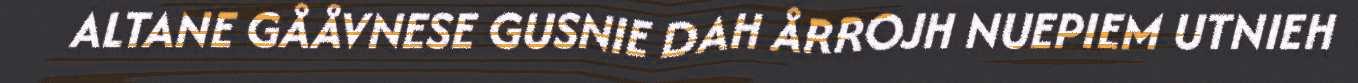
ALTANE GÅÅVNESE GUSNIE DAH ÅRROJH NUEPIEM UTNIEH